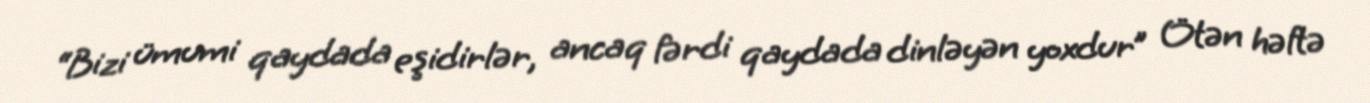
“Bizi ümumi qaydada eşidirlər, ancaq fərdi qaydada dinləyən yoxdur” Ötən həftə